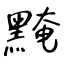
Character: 黤